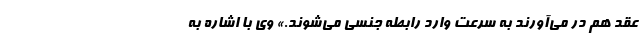
عقد هم در می‌آورند به سرعت وارد رابطه جنسی می‌شوند.» وی با اشاره به